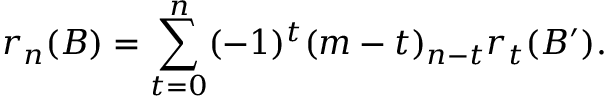
r _ { n } ( B ) = \sum _ { t = 0 } ^ { n } ( - 1 ) ^ { t } ( m - t ) _ { n - t } r _ { t } ( B ^ { \prime } ) .